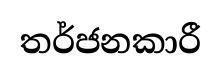
තර්ජනකාරී